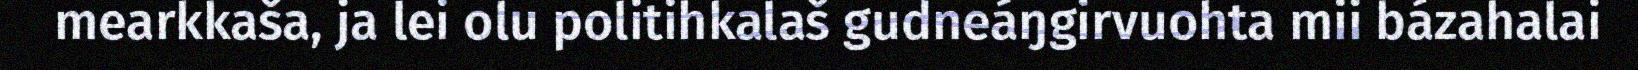
mearkkaša, ja lei olu politihkalaš gudneáŋgirvuohta mii bázahalai